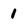
Character: 1